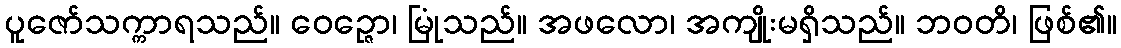
ပူဇော်သက္ကာရသည်။ ဝေဉ္ဇော၊ မြုံသည်။ အဖလော၊ အကျိုးမရှိသည်။ ဘဝတိ၊ ဖြစ်၏။